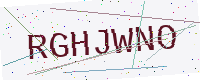
Text: RGHJWNO